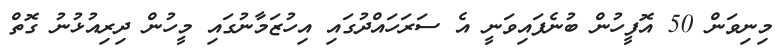
މިނިވަން 50 އޮފީހުން ބުނެފައިވަނީ އެ ސަރަހައްދުގައި އިހުޒަމާނުގައި މީހުން ދިރިއުޅުނު ގޮތް